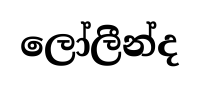
ලෝලීන්ද